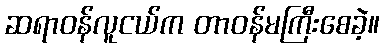
ဆရာဝန်လူငယ်က တာဝန်မကြီးစေခဲ့။